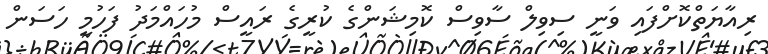
ރިއާޔަތްކޮށްފައި ވަނީ ސިވިލް ސާވިސް ކޮމިޝަންގެ ކުރީގެ ރައީސް މުހައްމަދު ފަހުމީ ހަސަން